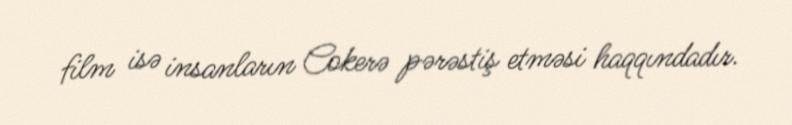
film isə insanların Cokerə pərəstiş etməsi haqqındadır.